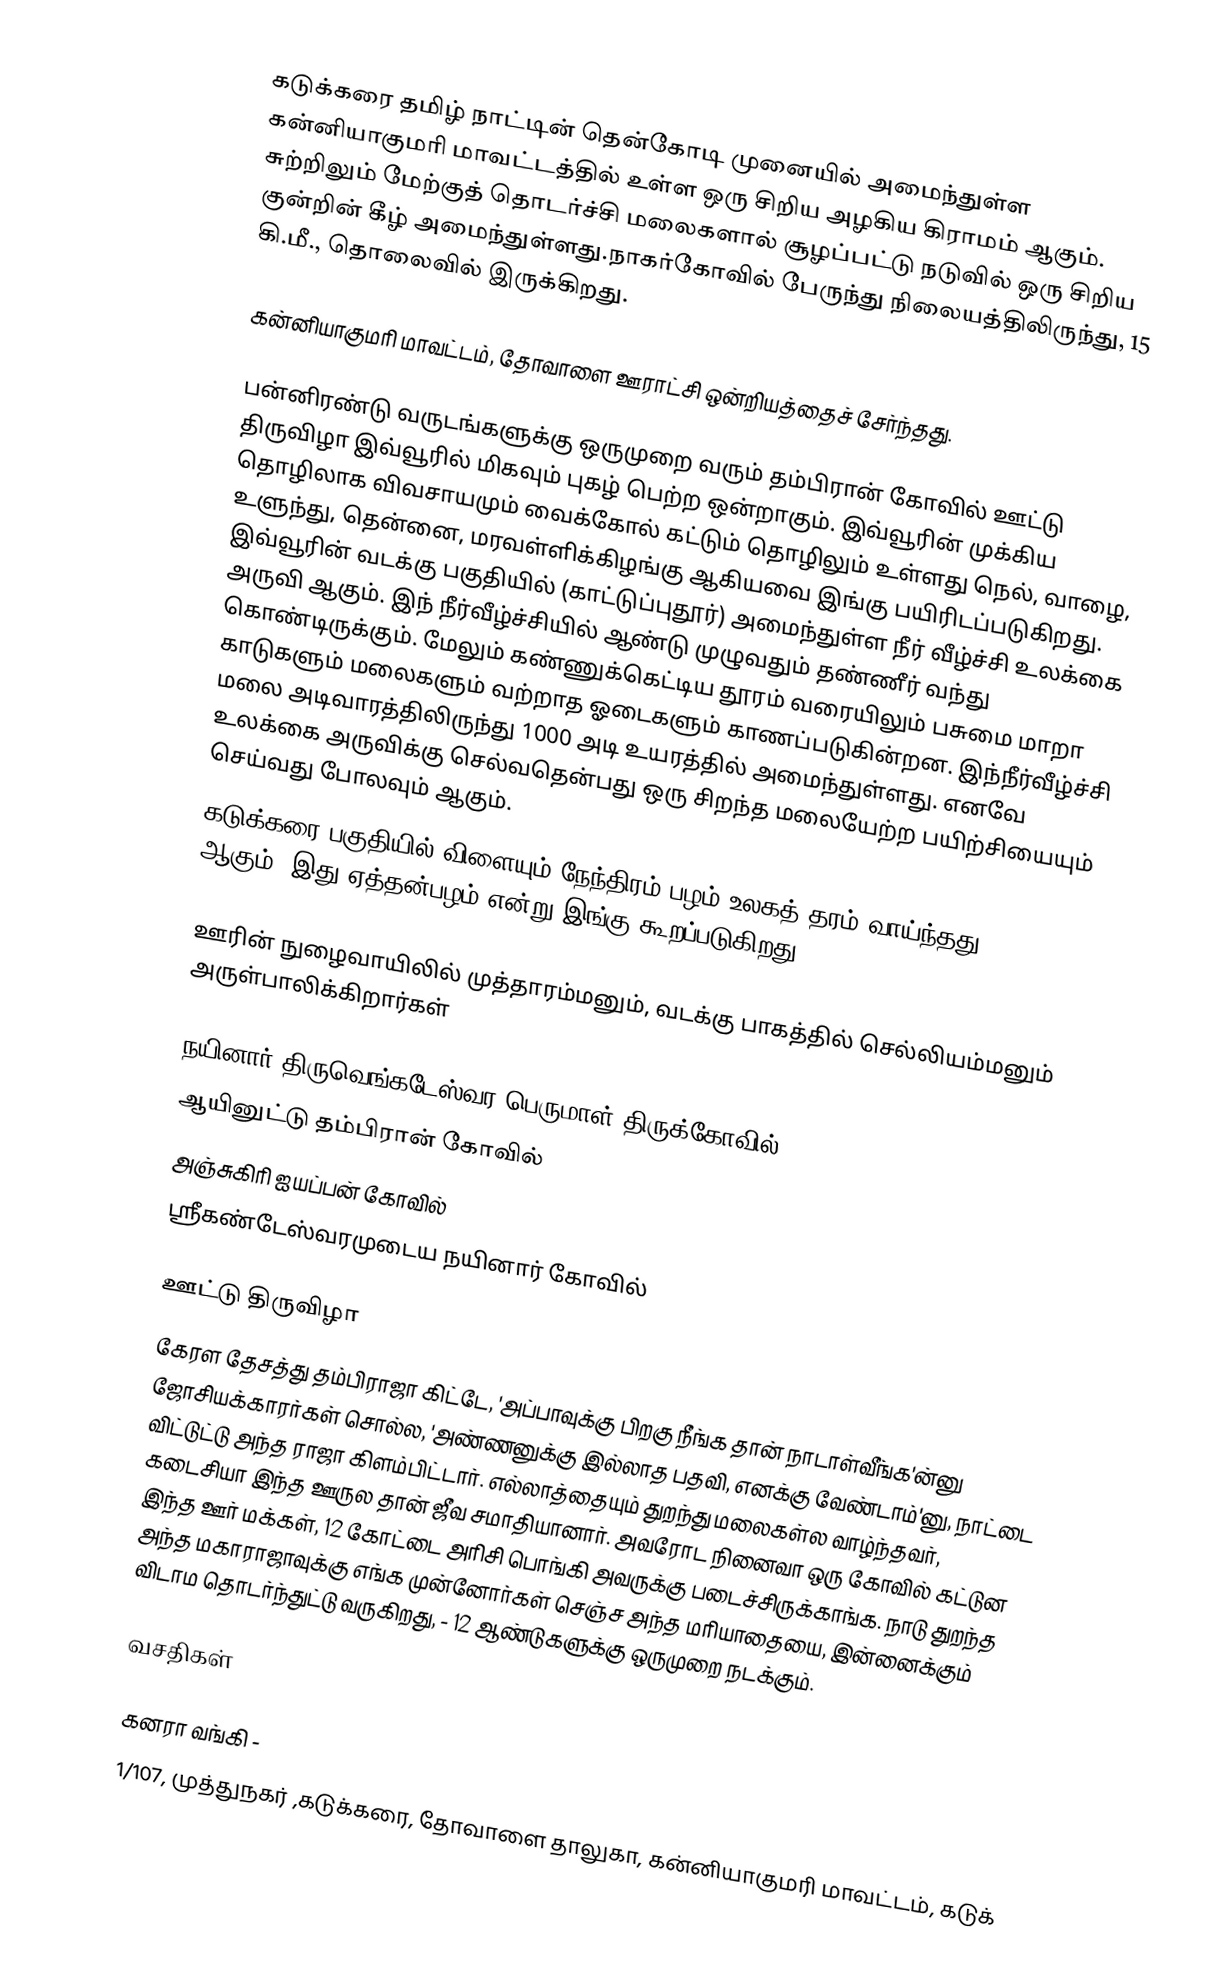
கடுக்கரை தமிழ் நாட்டின் தென்கோடி முனையில் அமைந்துள்ள கன்னியாகுமரி மாவட்டத்தில் உள்ள ஒரு சிறிய அழகிய கிராமம் ஆகும். சுற்றிலும் மேற்குத் தொடர்ச்சி மலைகளால் சூழப்பட்டு நடுவில் ஒரு சிறிய குன்றின் கீழ் அமைந்துள்ளது.நாகர்கோவில் பேருந்து நிலையத்திலிருந்து, 15 கி.மீ., தொலைவில் இருக்கிறது.

கன்னியாகுமரி மாவட்டம், தோவாளை ஊராட்சி ஒன்றியத்தைச் சேர்ந்தது.

பன்னிரண்டு வருடங்களுக்கு ஒருமுறை வரும் தம்பிரான் கோவில் ஊட்டு திருவிழா இவ்வூரில் மிகவும் புகழ் பெற்ற ஒன்றாகும். இவ்வூரின் முக்கிய தொழிலாக விவசாயமும் வைக்கோல் கட்டும் தொழிலும் உள்ளது  நெல், வாழை, உளுந்து, தென்னை, மரவள்ளிக்கிழங்கு ஆகியவை இங்கு பயிரிடப்படுகிறது. இவ்வூரின்  வடக்கு பகுதியில் (காட்டுப்புதூர்) அமைந்துள்ள நீர் வீழ்ச்சி உலக்கை அருவி ஆகும். இந் நீர்வீழ்ச்சியில் ஆண்டு முழுவதும் தண்ணீர் வந்து கொண்டிருக்கும். மேலும் கண்ணுக்கெட்டிய தூரம் வரையிலும் பசுமை மாறா காடுகளும் மலைகளும் வற்றாத ஓடைகளும் காணப்படுகின்றன. இந்நீர்வீழ்ச்சி மலை அடிவாரத்திலிருந்து 1000 அடி உயரத்தில் அமைந்துள்ளது. எனவே உலக்கை அருவிக்கு செல்வதென்பது ஒரு சிறந்த மலையேற்ற பயிற்சியையும் செய்வது போலவும் ஆகும்.
கடுக்கரை பகுதியில் விளையும் நேந்திரம் பழம் உலகத் தரம் வாய்ந்தது ஆகும்..இது ஏத்தன்பழம் என்று இங்கு கூறப்படுகிறது

ஊரின் நுழைவாயிலில் முத்தாரம்மனும், வடக்கு பாகத்தில் செல்லியம்மனும் அருள்பாலிக்கிறார்கள்

 நயினார் திருவெங்கடேஸ்வர பெருமாள் திருக்கோவில்
 ஆயினுட்டு தம்பிரான் கோவில்
 அஞ்சுகிரி ஐயப்பன் கோவில்
 ஸ்ரீகண்டேஸ்வரமுடைய நயினார் கோவில்

ஊட்டு திருவிழா
கேரள தேசத்து தம்பிராஜா கிட்டே, 'அப்பாவுக்கு பிறகு நீங்க தான் நாடாள்வீங்க'ன்னு ஜோசியக்காரர்கள் சொல்ல, 'அண்ணனுக்கு இல்லாத பதவி, எனக்கு வேண்டாம்'னு, நாட்டை விட்டுட்டு அந்த ராஜா கிளம்பிட்டார். எல்லாத்தையும் துறந்து மலைகள்ல வாழ்ந்தவர், கடைசியா இந்த ஊருல தான் ஜீவ சமாதியானார். அவரோட நினைவா ஒரு கோவில் கட்டுன இந்த ஊர் மக்கள், 12 கோட்டை அரிசி பொங்கி அவருக்கு படைச்சிருக்காங்க. நாடு துறந்த அந்த மகாராஜாவுக்கு எங்க முன்னோர்கள் செஞ்ச அந்த மரியாதையை, இன்னைக்கும்  விடாம தொடர்ந்துட்டு வருகிறது, - 12 ஆண்டுகளுக்கு ஒருமுறை நடக்கும்.

வசதிகள்

 கனரா வங்கி -
 1/107, முத்துநகர் ,கடுக்கரை, தோவாளை தாலுகா, கன்னியாகுமரி மாவட்டம், கடுக்